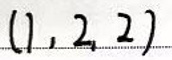
$( 1, 2, 2 )$